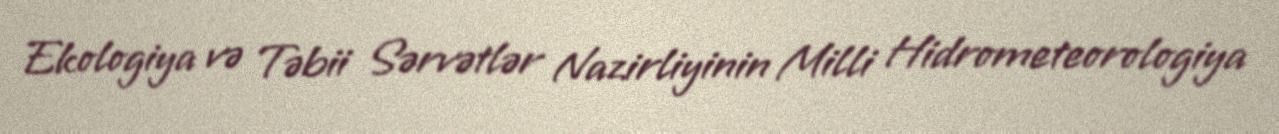
Ekologiya və Təbii Sərvətlər Nazirliyinin Milli Hidrometeorologiya